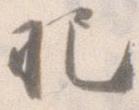
把